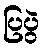
ပြပွဲ